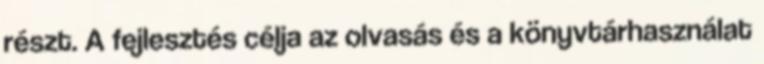
részt. A fejlesztés célja az olvasás és a könyvtárhasználat